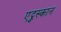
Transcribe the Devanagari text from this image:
एट्रुस्कान